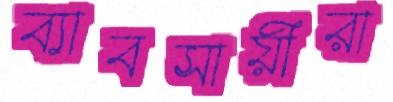
ব্যাবসায়ীরা